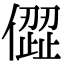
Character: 㒊